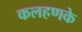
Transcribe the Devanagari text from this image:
कलहणके